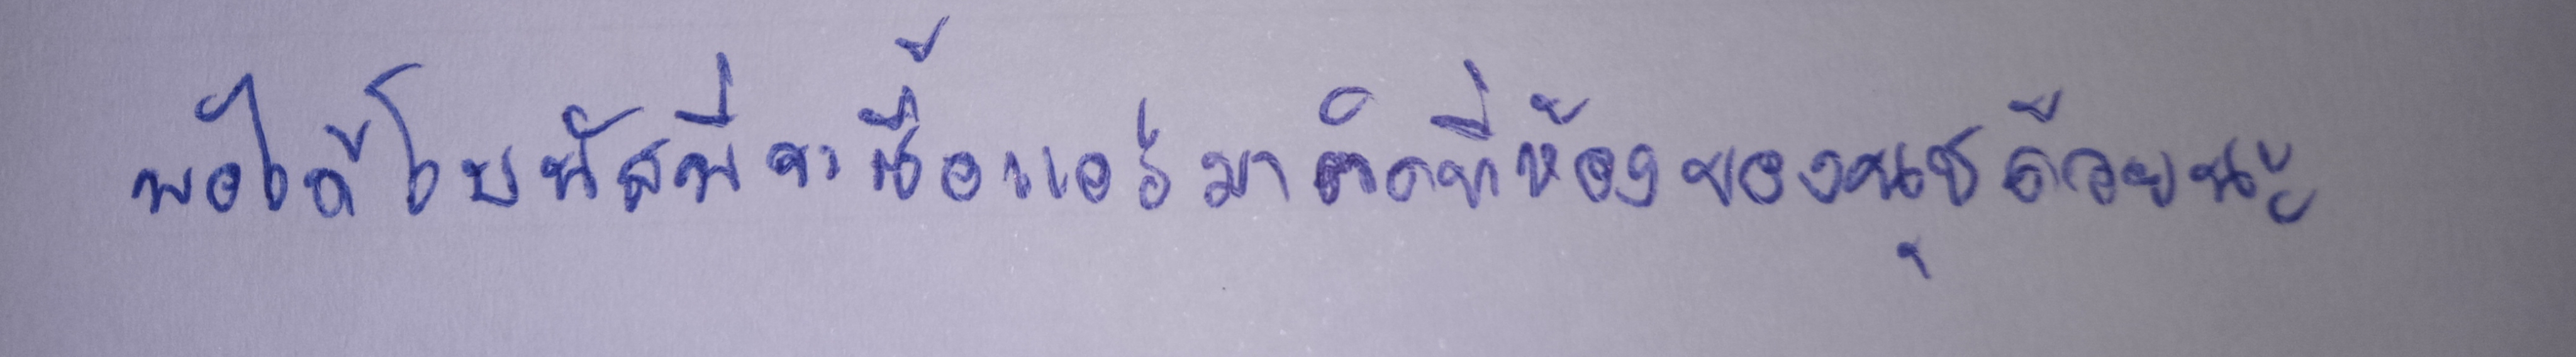
พอได้โบนัสพี่จะซื้อแอร์มาติดที่ห้องของนุชด้วยนะ